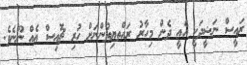
ރައީސް ނަޝީދަކީ އެއީ ދެން މިހާރު ރައްތޔިތުންނަށް ހުރި ޗޮއިސް އެއް ނޫނެވެ.